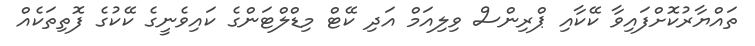
ތައްޔާރުކޮށްފައިވާ ކޭކާއި ޕްރިންސް ވިލިއަމް އަދި ކޭޓް މިޑްލްޓަންގެ ކައިވެނީގެ ކޭކުގެ ފޮތިތަކެއް